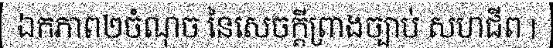
ឯកភាព២ចំណុច នៃសេចក្តីព្រាងច្បាប់ សហជីព |